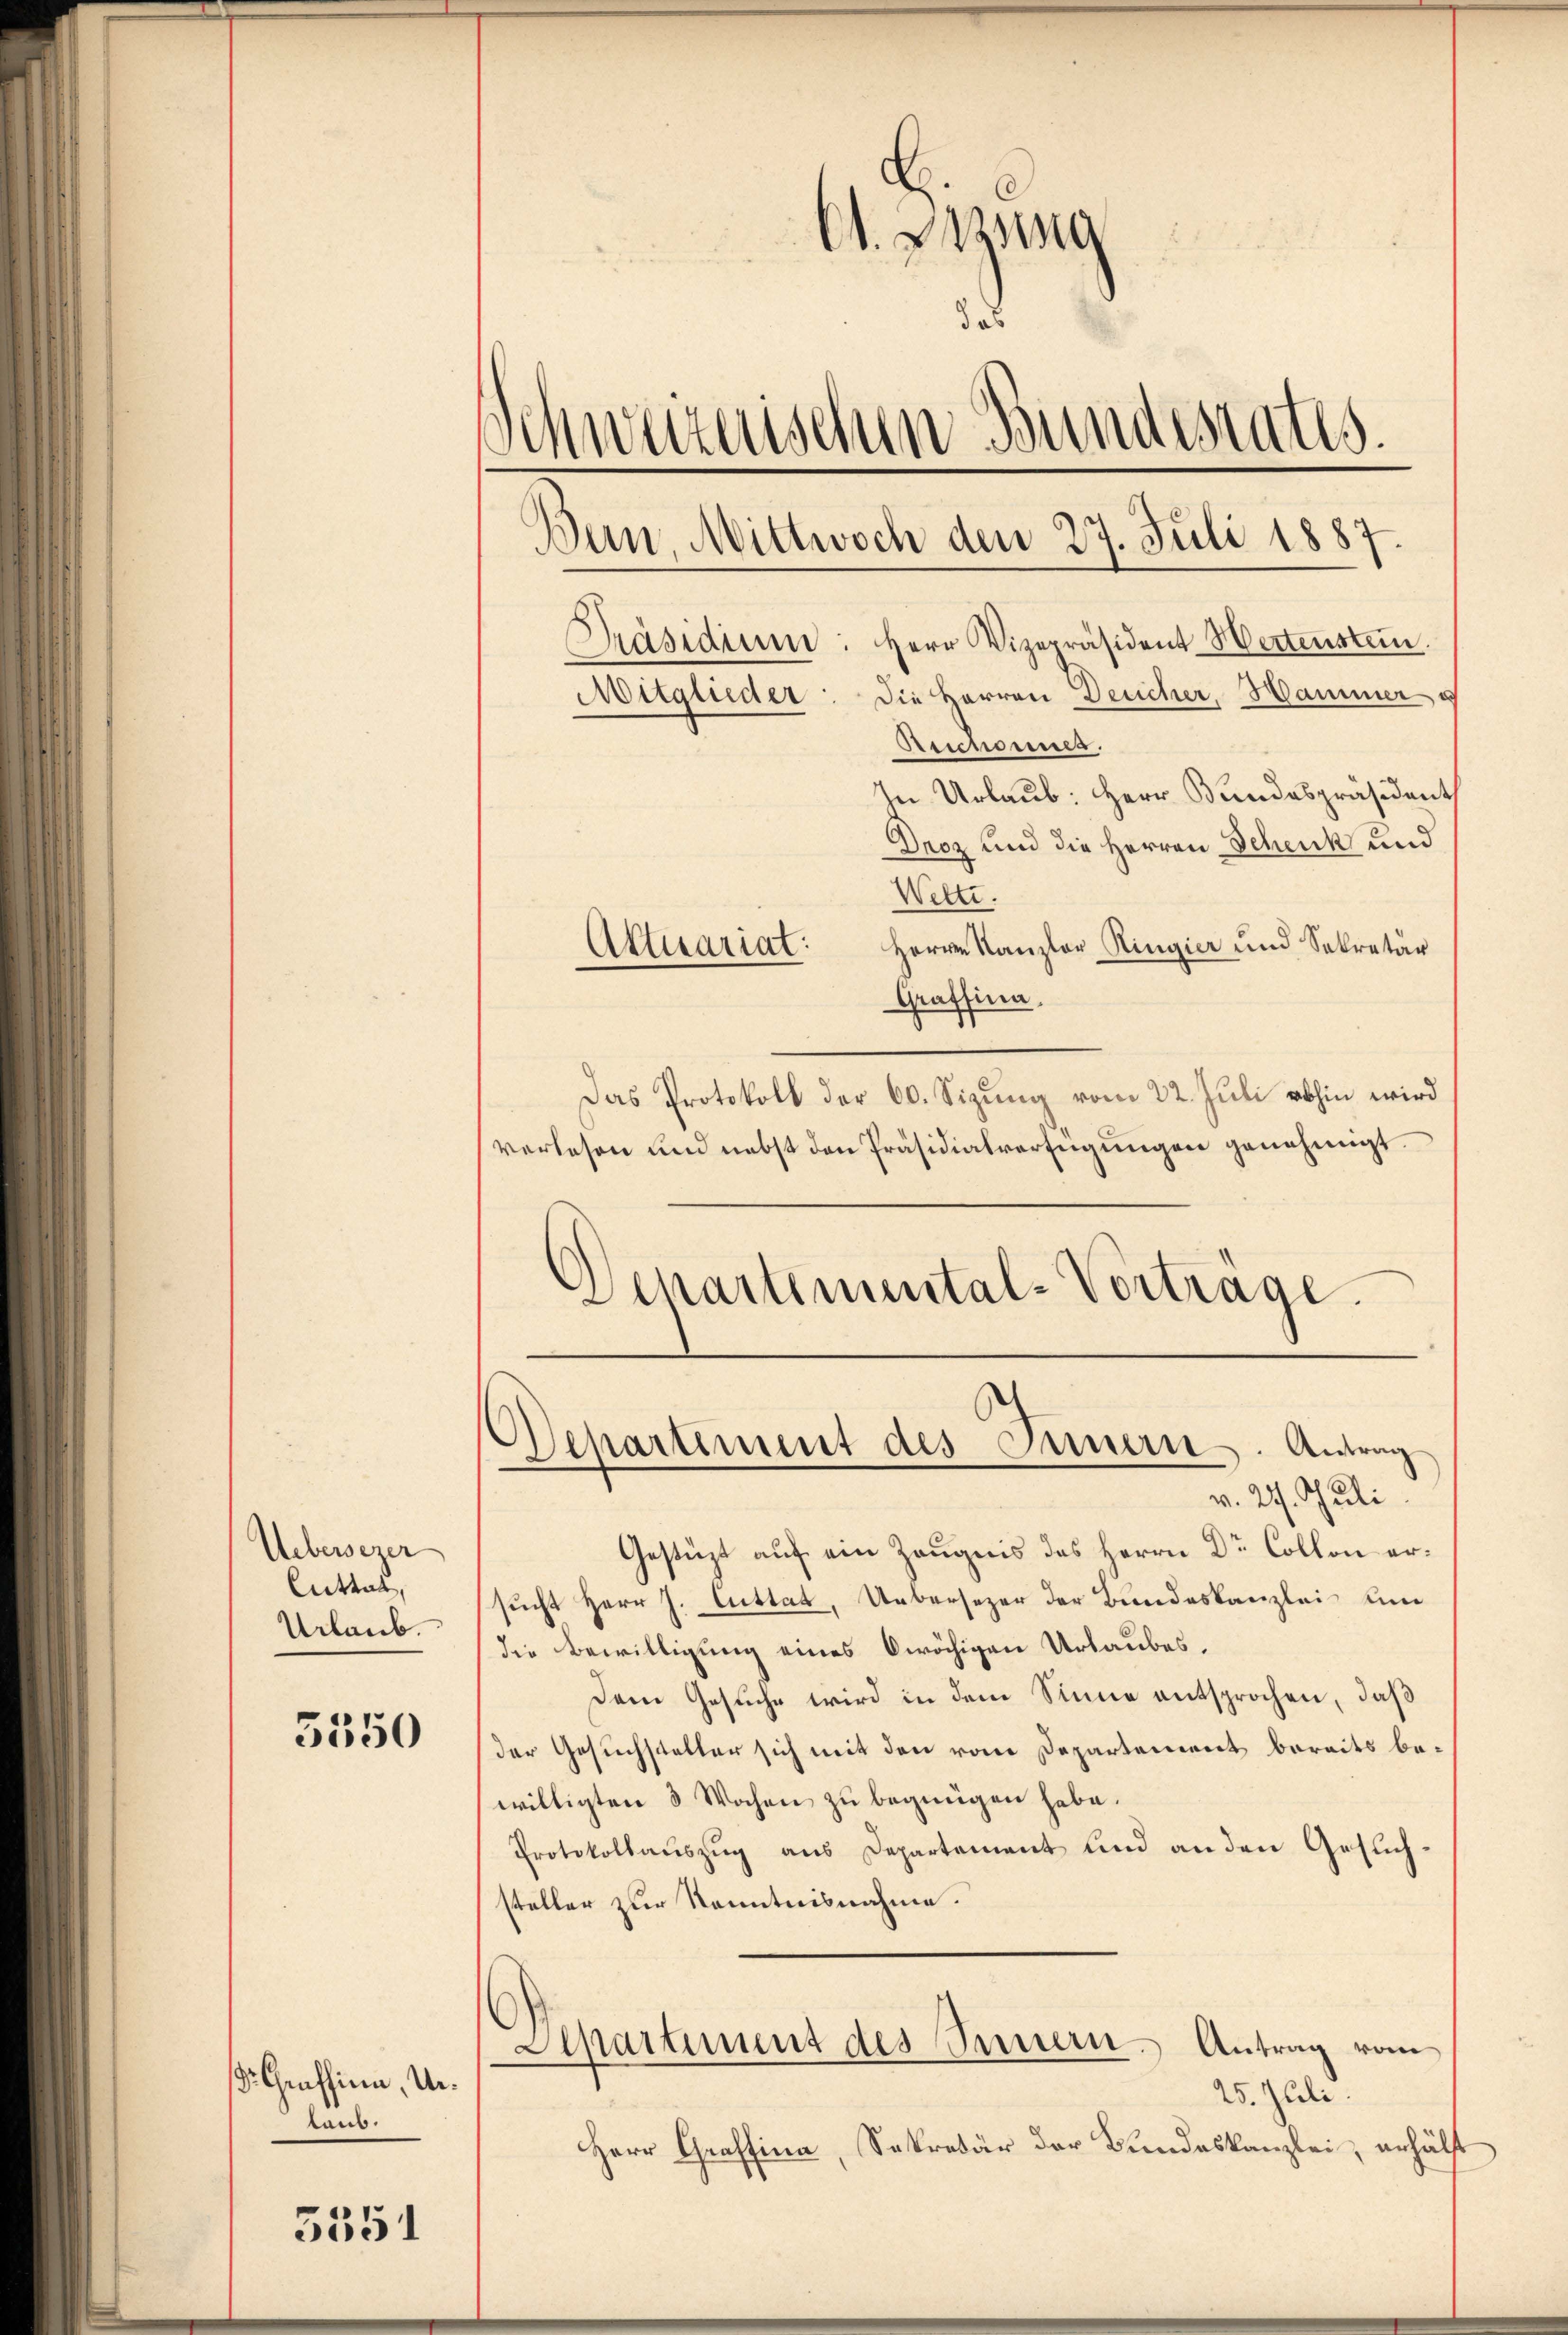
Uebersezer
Mittal,
Urlaub.

5550

d. Graffinn, Unlaub.

5551

C. Bezug
das
Schweizerischen Bundestatis.
Bun, Mittwoch den 27. Juli 1887
Präsidium: Herr Vizepräsident Hertenstein.
Die Herren Deucher, Hammer u
Witglieder
.
Beschonnes.

Droz und die Herren Schenk und
Welti.
Herrn Kanzler Ringier und Sekretär
Grafsina,
Das Protokoll der 60. Sizung vom 22. Juli abhin wird
verlesen und nebst den Präsidialverfügŭngen genehmigt.
Departemental-Vorträge.

Aktuariat:

Departement des Innern. Antrag
v. 24. Juli

In Urlaub: Herr Bundespräsident

Gestüzt auf ein Zeugnis des Herrn Dr. Collon ersucht Herr J. Cuttat, Uebersezer der Bundeskanzlei und
die Bewilligung eines Oerächigen Urlaubes,
Dem Gesuche wird in dem Sinne entsprochen, daß
der Gesuchsteller sich mit den vom Departement bereits bewilligten 3 Wochen zu begnügen habe.
Protokollauszug aus Departement und an den Gesuchsteller zur Kenntnisnahme.
Departiment des Innern - Antrag vom
25. Juli.
Herr Graffina, Sekretär der Bundeskanzlei, erhälft